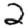
Digit: 2